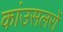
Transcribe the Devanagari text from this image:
कांउसलरों